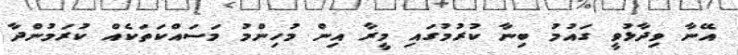
އޭނާ ވިދާޅުވީ ގައުމު ބިނާ ކުރުމުގައި މީރާ އިން މުހިންމު މަސައްކަތަކެއް ކުރަމުންދާ